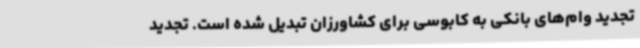
تجدید وام‌های بانکی به کابوسی برای کشاورزان تبدیل شده است. تجدید